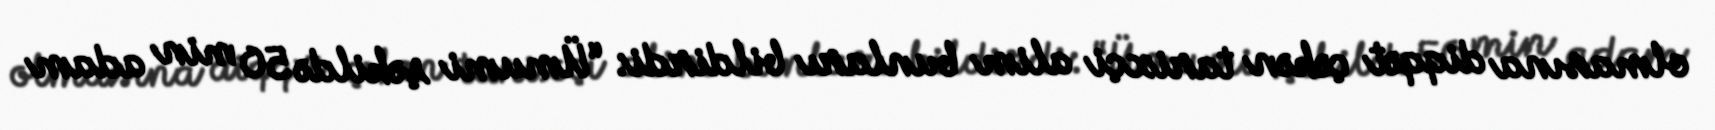
olmasına diqqət çəkən tarixçi alim bunları bildirdi: “Ümumi şəkildə 50 min adam